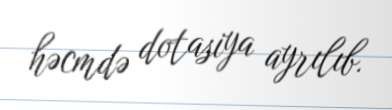
həcmdə dotasiya ayrılıb.